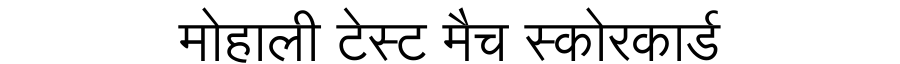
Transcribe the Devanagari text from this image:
मोहाली टेस्ट मैच स्कोरकार्ड